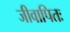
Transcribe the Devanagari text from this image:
जीवापितः